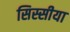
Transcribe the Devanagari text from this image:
सिस्सीया